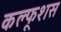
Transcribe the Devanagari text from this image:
कल्फूशस